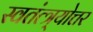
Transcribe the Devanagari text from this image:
स्वतंत्त्र्योत्तर